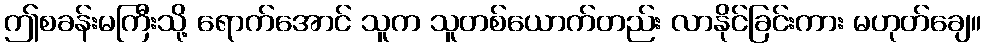
ဤစခန်းမကြီးသို့ ရောက်အောင် သူက သူတစ်ယောက်တည်း လာနိုင်ခြင်းကား မဟုတ်ချေ။